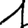
Digit: 1